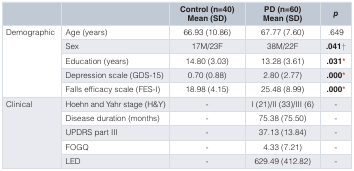
<table><thead><tr><td></td><td></td><td><b>Control (n=40)Mean (SD)</b></td><td><b>PD (n=60)Mean (SD)</b></td><td><b><i>p</i></b></td></tr></thead><tbody><tr><td rowspan="5">Demographic</td><td>Age (years)</td><td>66.93 (10.86)</td><td>67.77 (7.60)</td><td>.649</td></tr><tr><td>Sex</td><td>17M/23F</td><td>38M/22F</td><td><b>.041</b>†</td></tr><tr><td>Education (years)</td><td>14.80 (3.03)</td><td>13.28 (3.61)</td><td><b>.031*</b></td></tr><tr><td>Depression scale (GDS-15)</td><td>0.70 (0.88)</td><td>2.80 (2.77)</td><td><b>.000*</b></td></tr><tr><td>Falls efficacy scale (FES-I)</td><td>18.98 (4.15)</td><td>25.48 (8.99)</td><td><b>.000*</b></td></tr><tr><td rowspan="5">Clinical</td><td>Hoehn and Yahr stage (H&amp;Y)</td><td>-</td><td>I (21)/II (33)/III (6)</td><td>-</td></tr><tr><td>Disease duration (months)</td><td>-</td><td>75.38 (75.50)</td><td>-</td></tr><tr><td>UPDRS part III</td><td>-</td><td>37.13 (13.84)</td><td>-</td></tr><tr><td>FOGQ</td><td>-</td><td>4.33 (7.21)</td><td>-</td></tr><tr><td>LED</td><td>-</td><td>629.49 (412.82)</td><td>-</td></tr></tbody></table>